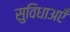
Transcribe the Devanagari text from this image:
सुविधाअएँ